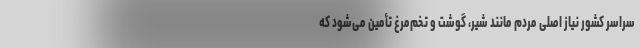
سراسر کشور نیاز اصلی مردم مانند شیر، گوشت و تخم‌مرغ تأمین می‌شود که